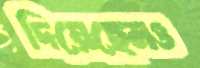
দিয়েছেনও